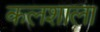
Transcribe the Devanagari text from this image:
कलशाला